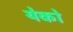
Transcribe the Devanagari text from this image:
येको